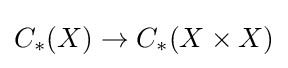
C_{*}(X)\to C_{*}(X\times X)